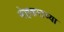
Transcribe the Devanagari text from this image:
मेहकराच्या